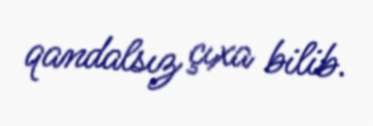
qandalsız çıxa bilib.